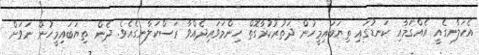
އެކަލާނގެއީ އެއްގަމާއި ކަނޑުގައި ތިޔަބައިމީހުން ދަތުރުކުރާގޮތް ހިންމަވައިދެއްވާ ރަސްކަލާނގެއެވެ. ދެން ތިޔަަބައިމީހުން ނަވަށް